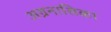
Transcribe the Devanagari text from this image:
अग्रनासिका